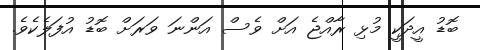
ބޮޑު އީދަކީ މުޅި ރާއްޖެ އަށް ވެސް އަންނަ ވަރަށް ބޮޑު އުފަލެކެވެ.